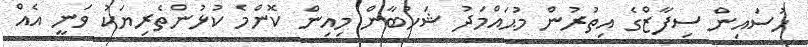
ހުސައިން ސިފާޒްގެ އިތުރުން މުޙައްމަދު ޝަހުބާން މިއިން ކޮންމެ ކުޅުންތެރިޔަކު ވަނީ އެއް